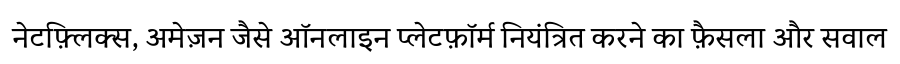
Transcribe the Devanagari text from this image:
नेटफ़्लिक्स, अमेज़न जैसे ऑनलाइन प्लेटफ़ॉर्म नियंत्रित करने का फ़ैसला और सवाल